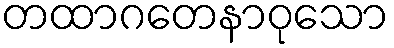
တထာဂတေနာဝုသော